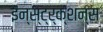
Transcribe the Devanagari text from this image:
इन्स्ट्र्क्शन्स